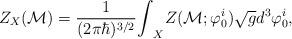
LaTeX: \begin{align*}Z_{X} ({\cal M}) = \frac{1}{(2\pi\hbar)^{3/2}} {\int}_{X} Z({\cal M}; {\varphi}^ i_0) \sqrt{g} d^3 {\varphi}^i_0,\end{align*}